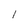
Character: l